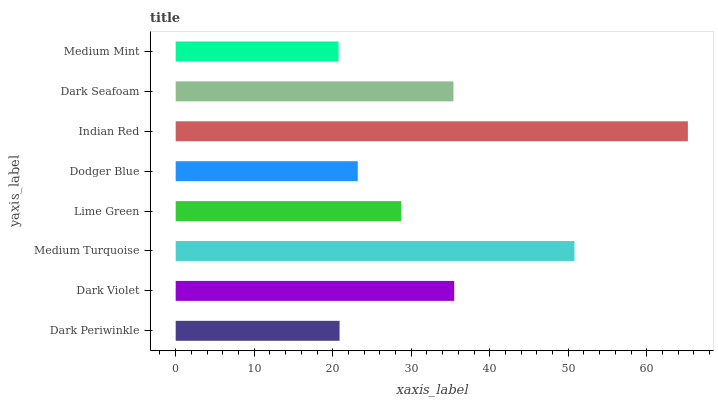
| yaxis_label | bars |
 | --- | --- |
 | Dark Periwinkle | 20.9 |
 | Dark Violet | 35.5 |
 | Medium Turquoise | 50.8 |
 | Lime Green | 28.7 |
 | Dodger Blue | 23.2 |
 | Indian Red | 65.2 |
 | Dark Seafoam | 35.4 |
 | Medium Mint | 20.7 |